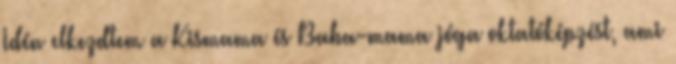
Idén elkezdtem a Kismama és Baba-mama jóga oktatóképzést, ami